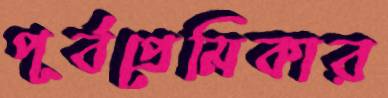
পূর্বপ্রেমিকার